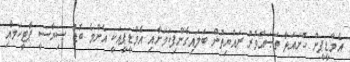
އެމްޑީޕީން ހުށައަޅާ ތަޞައްވުރު ރައްޔިތުން ބަލައިގެންފިކަމަށާއި އެމްޑީޕީއަކީ އެންމެ ބޮޑު ސިޔާސީ ޕާޓީކަމާއި